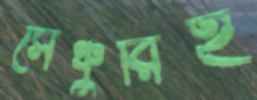
সেঞ্চুরিই